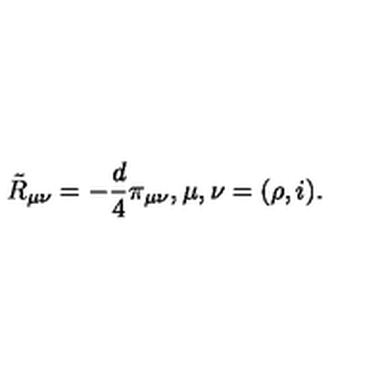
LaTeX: \tilde { R } _ { \mu \nu } = - { \frac { d } { 4 } } \pi _ { \mu \nu } , \mu , \nu = ( \rho , i ) .